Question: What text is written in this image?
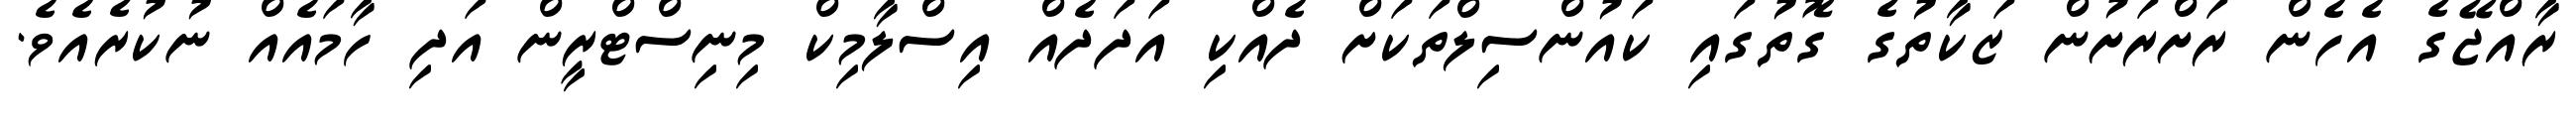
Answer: ރާއްޖޭގެ އެހެން ރަށްރަށުން ޒަކާތުގެ ގޮތުގައި ކައުންސިލްތަކަށް ދެއްކި އަދަދެއް އިސްލާމިކް މިނިސްޓްރީން އަދި ހާމައެއް ނުކުރެއެވެ.